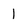
Character: 1